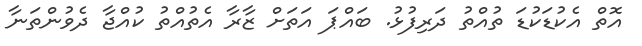
އޮތް އެކުޑަކުޑަ ތުއްތު ދަރިފުޅު. ބައްޕަ އަތަށް ޒާރާ އެތުއްތު ކުއްޖާ ދެވުންތަނާ